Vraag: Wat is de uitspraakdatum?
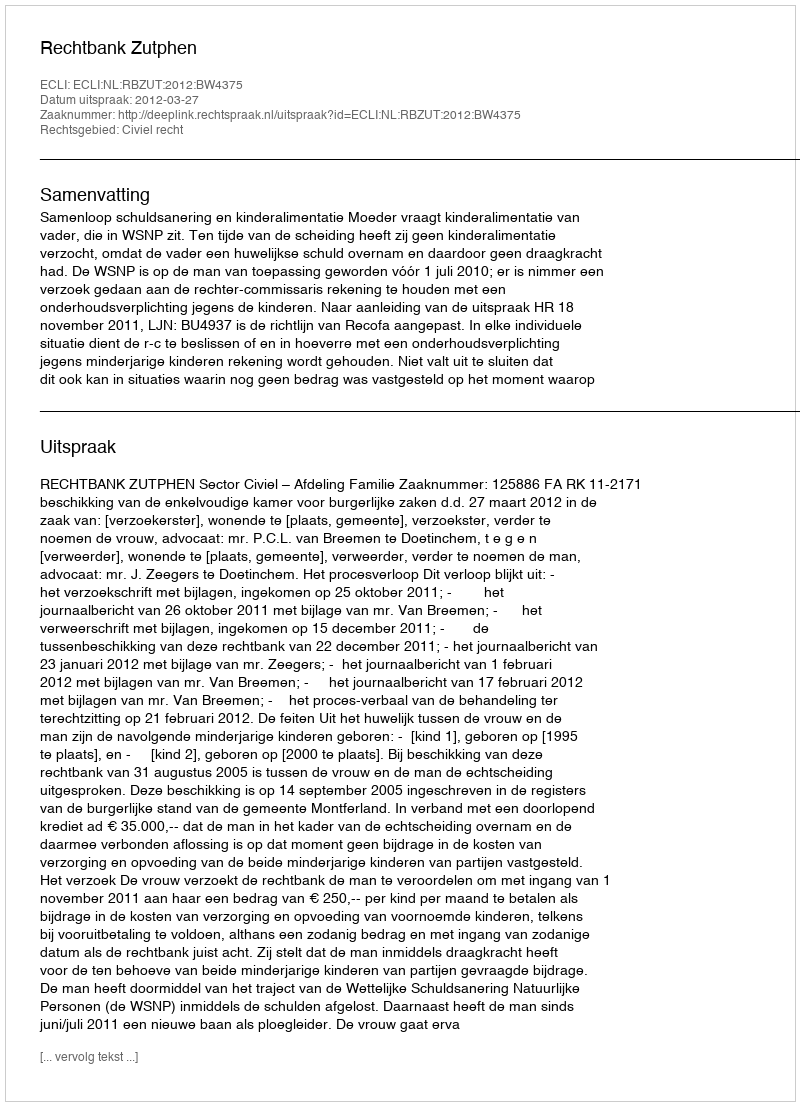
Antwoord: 2012-03-27